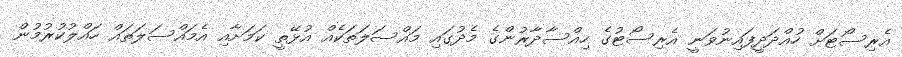
އެރިސޯޓަށް ހުއްދަދީފައިނުވަނީ އެރިސޯޓުގެ ހިއްސާދާރުންގެ މެދުގައި މައްސަލަތަކެއް އުޅޭތީ ކަމަށާއި އެމައްސަލަތައް ހައްލުކުރުމުން